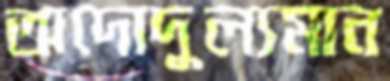
অদোদুল্যমান